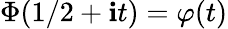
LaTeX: \Phi(1/2+\mathbf{i}t)=\varphi(t)